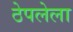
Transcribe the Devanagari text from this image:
ठेपलेला